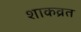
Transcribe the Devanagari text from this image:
शाकव्रत